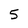
Character: 5